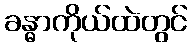
ခန္ဓာကိုယ်ထဲတွင်